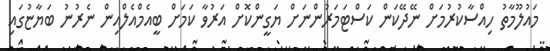
މައުލޫމާތު ހިއްސާކުރުމަށް ނޭދޭކަން ކަސްޓަމަރުންނަށް ޔަގީންކޮށް އަރުވާ ކަމަށް ބީއެމްއެލްއިން ނެރުނު ބަޔާޏުގައި